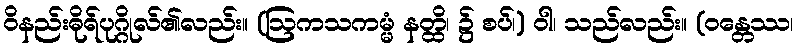
ဝိနည်းဓိုရ်ပုဂ္ဂိုလ်၏လည်း။ (ဩကသကမ္မံ နတ္ထိ၊ ၌ စပ်၊) ဝါ၊ သည်လည်း။ (ဝန္တေဿ၊